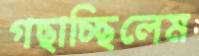
গছাচ্ছিলেম